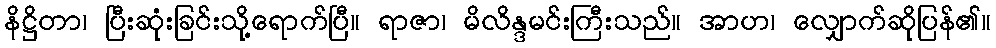
နိဋ္ဌိတာ၊ ပြီးဆုံးခြင်းသို့ရောက်ပြီ။ ရာဇာ၊ မိလိန္ဒမင်းကြီးသည်။ အာဟ၊ လျှောက်ဆိုပြန်၏။